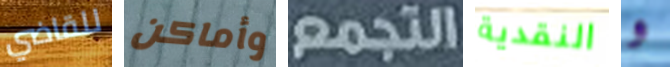
للقاضي وأماكن التجمع النقدية و